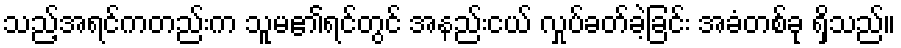
သည့်အရင်ကတည်းက သူမ၏ရင်တွင် အနည်းငယ် လှုပ်ခတ်ခဲ့ခြင်း အခံတစ်ခု ရှိသည်။